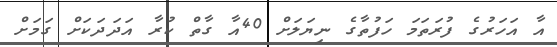
އާ އަހަރުގެ ފުރަތަމަ ހަފުތާގެ ނިޔަލަށް 40އާ ގާތް ކުރާ އަދަދަކަށް ގަމަށް